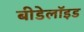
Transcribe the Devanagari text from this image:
बीडेलॉइड